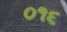
૦૧૬